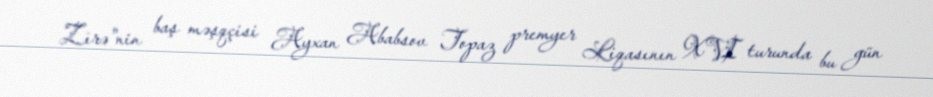
Zirə"nin baş məşqçisi Ayxan Ababsov Topaz premyer Liqasının XVI turunda bu gün